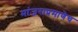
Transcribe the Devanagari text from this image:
मांजराप्रमाणेच